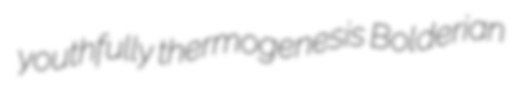
youthfully thermogenesis Bolderian